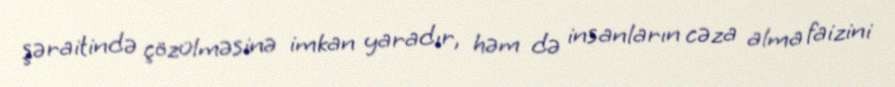
şəraitində çözülməsinə imkan yaradır, həm də insanların cəza alma faizini